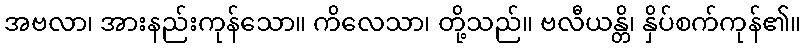
အဗလာ၊ အားနည်းကုန်သော။ ကိလေသာ၊ တို့သည်။ ဗလီယန္တိ၊ နှိပ်စက်ကုန်၏။